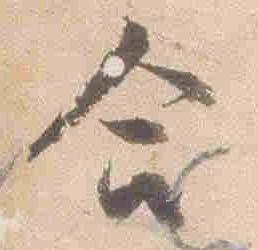
合